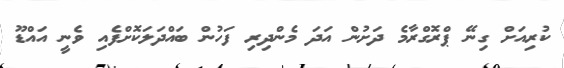
ކުރިއަށް ގިނޭ ޕްރޮގްރާމެ ދަށުން އަދަ މެންދިރި ފަހުން ބައްދަލަކޮށްފެއި ވެނީ އައްޑޫ